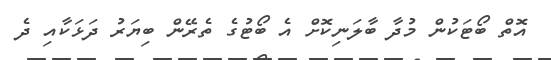
އޮތް ބޯޓަކުން މުދާ ބާލަނިކޮށް އެ ބޯޓުގެ ތެރޭން ބިޔަރު ދަޅަކާއި ދެ